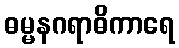
ဓမ္မနဂရာဓိကာရေ